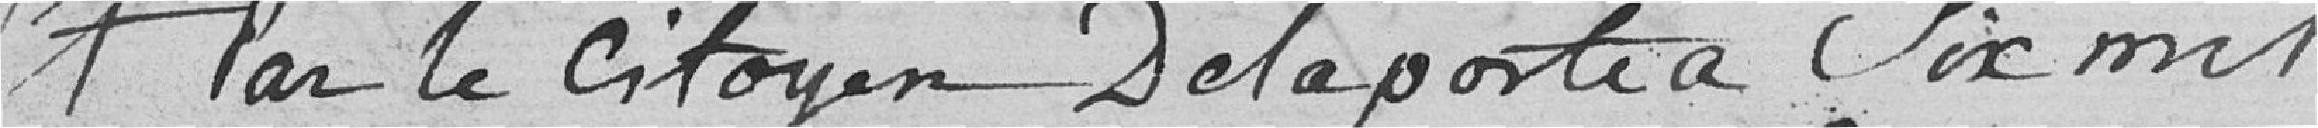
Et par le citoyen Delaporte a six mille